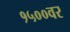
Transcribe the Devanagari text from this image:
१५००वर